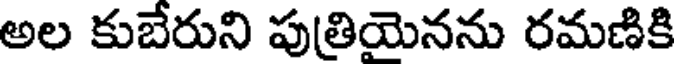
అల కుబేరుని పుత్రియెనను రమణికి